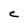
Character: C